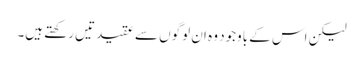
لیکن اس کے باوجود وہ ان لوگوں سے عقیدتیں رکھتے ہیں۔